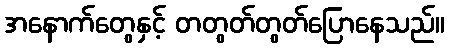
အနောက်တွေနှင့် တတွတ်တွတ်ပြောနေသည်။